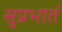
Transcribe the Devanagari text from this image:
सुप्रभातं